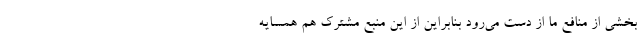
بخشی از منافع ما از دست می‌رود بنابراین از این منبع مشترک هم همسایه